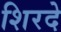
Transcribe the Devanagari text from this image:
शिरदे